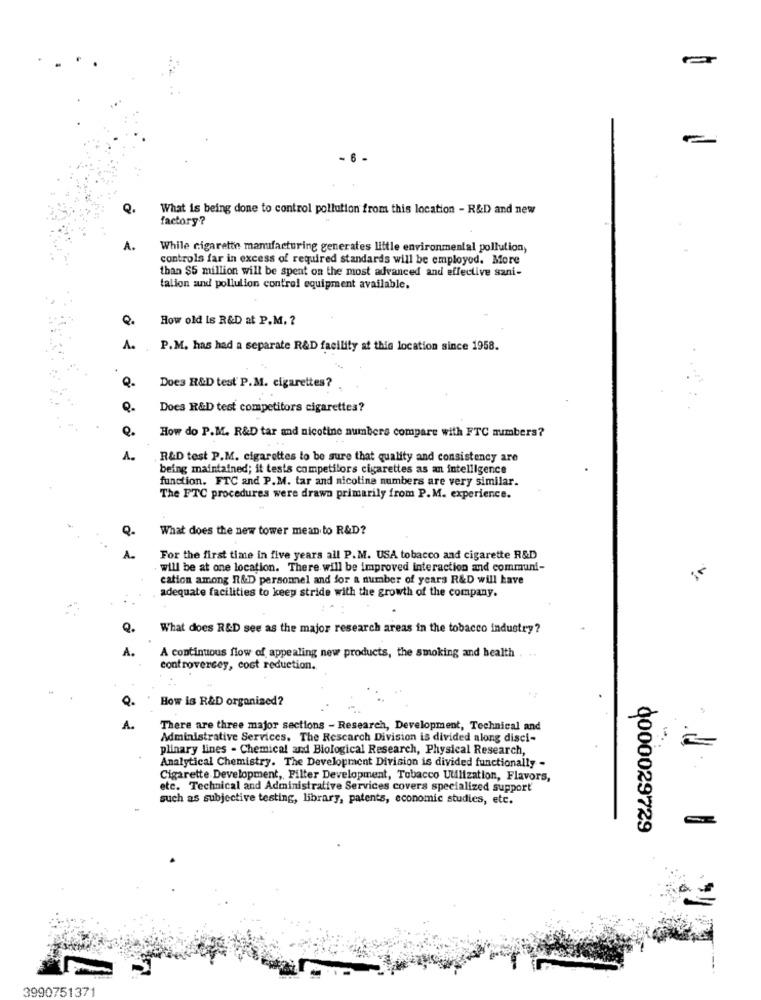
-
- 6.
Q.
What is being done to control pollution from this location - R&D and new
factory ?
A.
While cigarette manufacturing generates little environmental pollution,
controls far in excess of required standards will be employed. More
than $5 million will be spent on the most advanced and effective sani-
talion and pollution control equipment available.
Q.
How old Is R&D at P.M. ?
A.
P.M. has had a separate R&D facility at this location since 1958.
Q.
Does R&D test P.M. cigarettes?
Q.
Does R&D test competitors cigarettes?
Q.
How do P.M. R&D tar and nicotine numbers compare with FTC numbers?
A.
R&D test P.M. cigarettes to be sure that quality and consistency are
being maintained; it tests competitors cigarettes as an intelligence
function. FTC and P.M. tar and nicotine numbers are very similar.
The FTC procedures were drawn primarily from P.M. experience.
Q.
What does the new tower mean to R&D?
A.
For the first time in five years all P.M. USA tobacco and cigarette R&D
will be at one location. There will be improved interaction and communi-
cation among R&D personel and for a number of years R&D will have
adequate facilities to keep stride with the growth of the company.
Q.
What does R&D see as the major research areas in the tobacco industry ?
A.
A continuous flow of appealing new products, the smoking and health . ..
controversey, cost reduction.
Q.
How is R&D organised?
A.
There are three major sections - Research, Development, Technical and
Administrative Services. The Rescarch Division is divided along disci-
plinary lines - Chemical and Biological Research, Physical Research,
=
Analytical Chemistry. The Development Division is divided functionally -
Cigarette Development, Filter Development, Tobacco Utilization, Flavors,
etc. Technical and Administrative Services covers specialized support
such as subjective testing, library, patents, economic studies, etc.
0000029729
3990751371